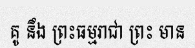
គូ នឹង ព្រះធម្មរាជា ព្រះ មាន